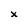
Character: x